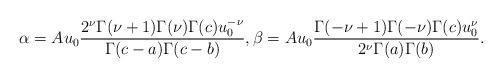
LaTeX: \begin{align*}\alpha = A u_0{{ 2^\nu \Gamma(\nu+1) \Gamma(\nu)\Gamma(c) u_0^{-\nu}} \over {\Gamma(c-a) \Gamma(c-b)}},\beta = A u_0{{ \Gamma(-\nu+1)\Gamma(-\nu)\Gamma(c) u_0^{\nu}} \over {2^\nu \Gamma(a) \Gamma(b)}}. \end{align*}